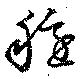
穏